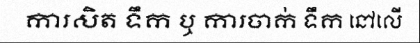
ការសិត ទឹក ឬ ការចាក់ ទឹក នៅលើ